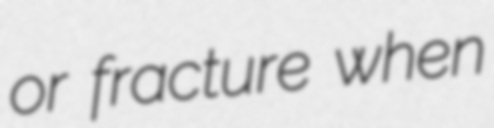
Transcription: or fracture when